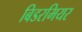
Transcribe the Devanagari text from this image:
बिडरमियर